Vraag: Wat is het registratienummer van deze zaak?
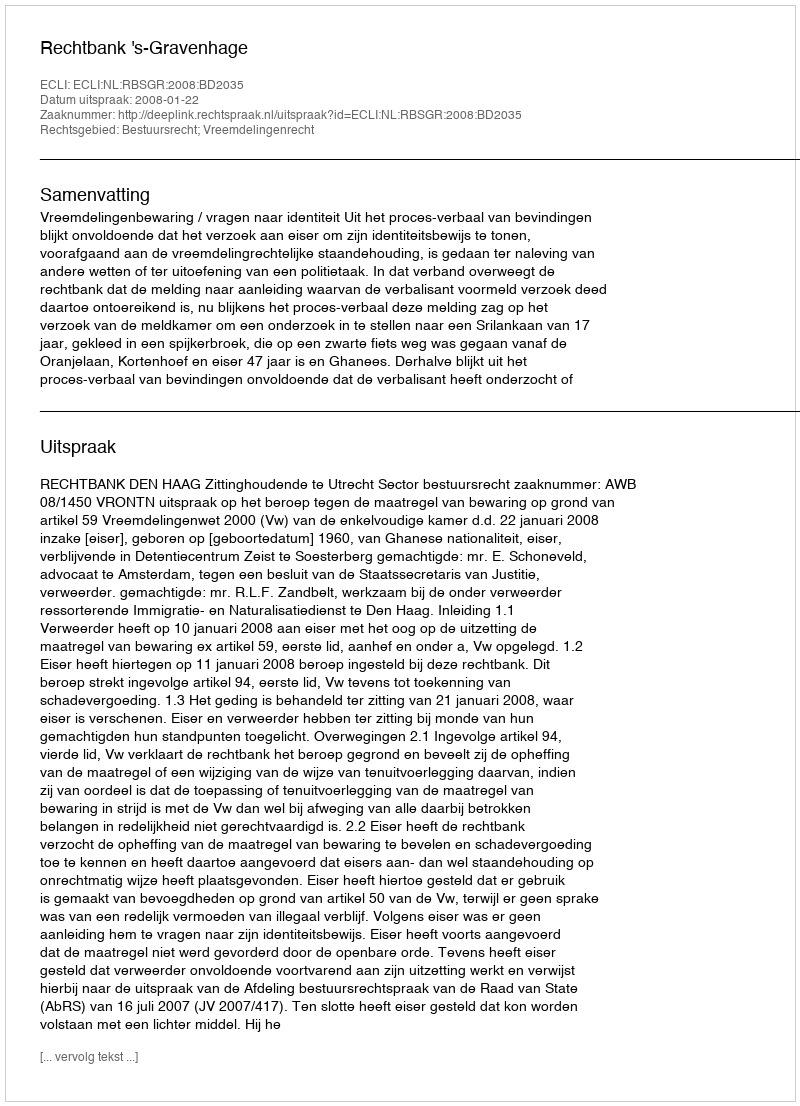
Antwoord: http://deeplink.rechtspraak.nl/uitspraak?id=ECLI:NL:RBSGR:2008:BD2035